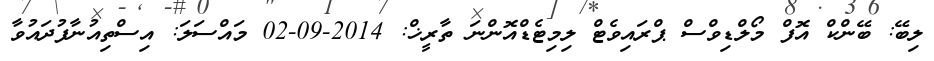
ލިބޭ: ބޭންކް އޮފް މޯލްޑިވްސް ޕްރައިވެޓް ލިމިޓެޑްއޮންނަ ތާރީޚް: 2014-09-02 މައްސަލަ: އިސްތިއުނާފުދައުވާ